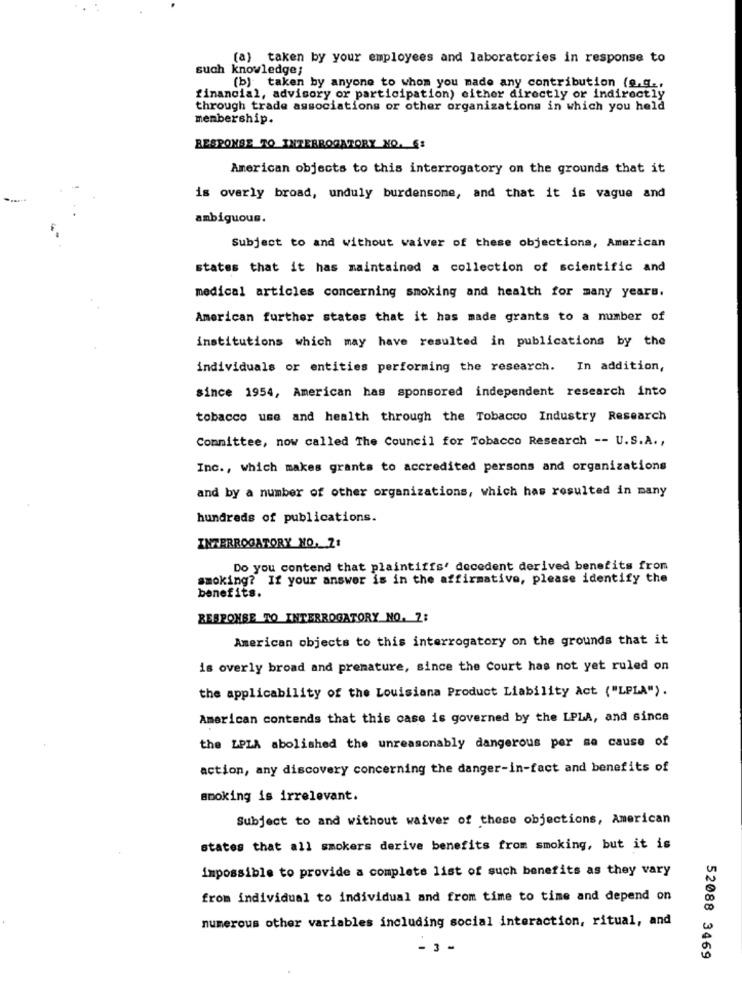
(a) taken by your employees and laboratories in response to
such knowledge;
(b) taken by anyone to whom you made any contribution (e.g .,
financial, advisory or participation) either directly or indirectly
through trade associations or other organizations in which you held
membership.
RESPONSE TO INTERROGATORY NO. 6:
American objects to this interrogatory on the grounds that it
is overly broad, unduly burdensome, and that it is vague and
ambiguous.
Subject to and without waiver of these objections, American
states that it has maintained a collection of scientific and
medical articles concerning smoking and health for many years.
American further states that it has made grants to a number of
institutions which may have resulted in publications by the
individuals or entities performing the research. In addition,
since 1954, American has sponsored independent research into
tobacco use and health through the Tobacco Industry Research
Committee, now called The Council for Tobacco Research -- U.S.A .,
Inc ., which makes grants to accredited persons and organizations
and by a number of other organizations, which has resulted in many
hundreds of publications.
INTERROGATORY NO. 71
Do you contend that plaintiffs' decedent derived benefits from
smoking? If your answer is in the affirmative, please identify the
benefits.
RESPONSE TO INTERROGATORY NO. 2:
American objects to this interrogatory on the grounds that it
is overly broad and premature, since the Court has not yet ruled on
the applicability of the Louisiana Product Liability Act ("LPLA").
American contends that this case is governed by the LPLA, and since
the LPLA abolished the unreasonably dangerous per sa cause of
action, any discovery concerning the danger-in-fact and benefits of
smoking is irrelevant.
Subject to and without waiver of these objections, American
states that all smokers derive benefits from smoking, but it is
impossible to provide a complete list of such benefits as they vary
from individual to individual and from time to time and depend on
numerous other variables including social interaction, ritual, and
- 3 -
52088 3469